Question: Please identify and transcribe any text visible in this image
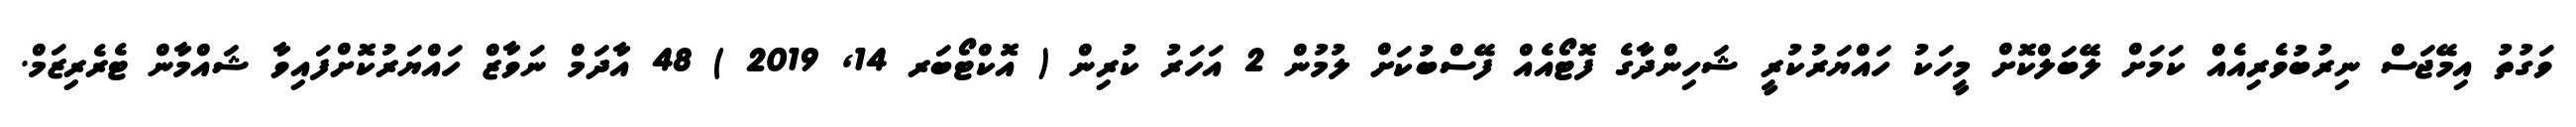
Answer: ވަގުތު އިމޭޖަސް ނިރުބުވެރިއެއް ކަމަށް ލޭބަލްކޮށް މީހަކު ހައްޔަރުކުރީ ޝަހިންދާގެ ފޮޓޯއެއް ފޭސްބުކަށް ލުމުން 2 އަހަރު ކުރިން ( އޮކްޓޯބަރ 14, 2019 ) 48 އާދަމް ނަވާޒް ހައްޔަރުކޮށްފައިވާ ޝައްމާން ޓެރެރިޒަމް.